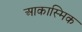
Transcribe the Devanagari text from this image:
आकास्मिक